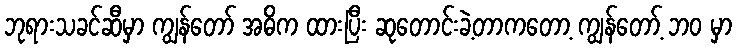
ဘုရားသခင်ဆီမှာ ကျွန်တော် အဓိက ထားပြီး ဆုတောင်းခဲ့တာကတော့ ကျွန်တော့် ဘဝ မှာ